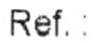
REF. :